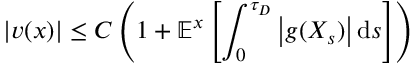
| v ( x ) | \leq C \left( 1 + \mathbb { E } ^ { x } \left[ \int _ { 0 } ^ { \tau _ { D } } { \big | } g ( X _ { s } ) { \big | } \, \mathrm { d } s \right] \right)